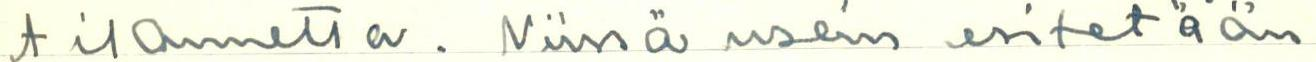
tilannetta. Niissä usein esitetään